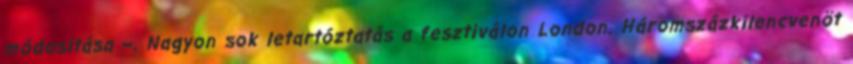
módosítása –. Nagyon sok letartóztatás a fesztiválon London. Háromszázkilencvenöt